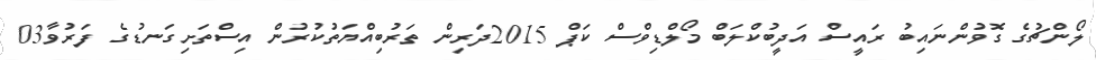
ލޯންޗުގެ ގޮވުންނައިބު ރައީސް އަދީބުކްލަބް މޯލްޑިވްސް ކަޕް 2015ދަރިން ތަރުބިއްޔަތުކުރުން އިސްތަށިގަނޑުގެ ފަރުވާ03